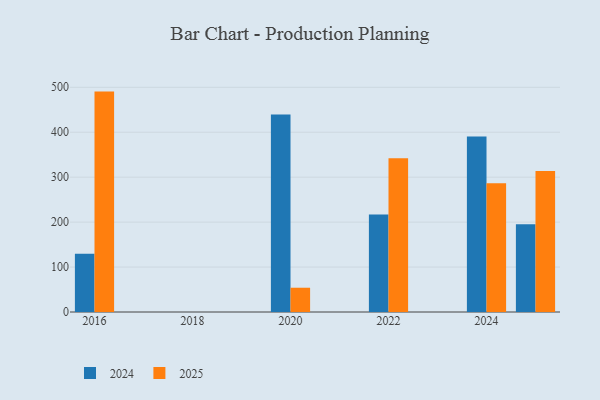
{"axis": {"x": "Year", "y": "Tickets Resolved"}, "legend": ["2024", "2025"], "data": [{"x": "2025", "y": 313.7, "type": "2025"}, {"x": "2025", "y": 195.1, "type": "2024"}, {"x": "2020", "y": 54.0, "type": "2025"}, {"x": "2020", "y": 439.5, "type": "2024"}, {"x": "2024", "y": 286.6, "type": "2025"}, {"x": "2024", "y": 390.6, "type": "2024"}, {"x": "2022", "y": 341.9, "type": "2025"}, {"x": "2022", "y": 216.7, "type": "2024"}, {"x": "2016", "y": 490.4, "type": "2025"}, {"x": "2016", "y": 129.4, "type": "2024"}]}